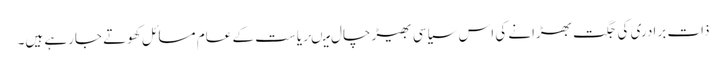
ذات برادری کی جگت بھڑانے کی اس سیاسی بھیڑ چال میںریاست کے عام مسائل کھوتے جارہے ہیں۔